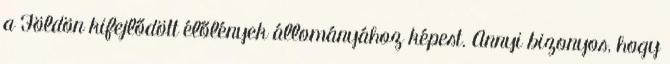
a Földön kifejlődött élőlények állományához képest. Annyi bizonyos, hogy